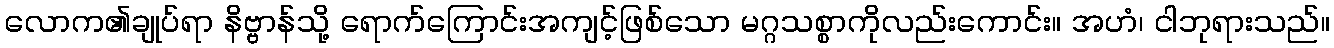
လောက၏ချုပ်ရာ နိဗ္ဗာန်သို့ ရောက်ကြောင်းအကျင့်ဖြစ်သော မဂ္ဂသစ္စာကိုလည်းကောင်း။ အဟံ၊ ငါဘုရားသည်။